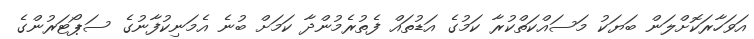
އަވަހާރަކޮށްލަން ބަޔަކު މަސައްކަތްކުރާ ކަމުގެ އަޑުތައް ފެތުރެމުންދާ ކަމަށް ބުނެ އެމަނިކުފާނުގެ ސަޕޯޓަރުންގެ